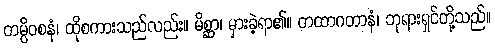
တမ္ပိဝစနံ၊ ထိုစကားသည်လည်း။ မိစ္ဆာ၊ မှားခဲ့ရာ၏။ တထာဂတာနံ၊ ဘုရားရှင်တို့သည်။